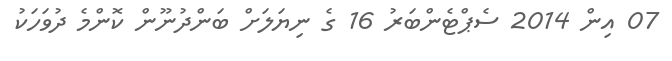
07 އިން 2014 ސެޕްޓެންބަރު 16 ގެ ނިޔަލަށް ބަންދުނޫން ކޮންމެ ދުވަހަކު